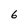
Character: 6